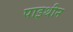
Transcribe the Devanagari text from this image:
पाइथीन